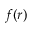
f ( r )